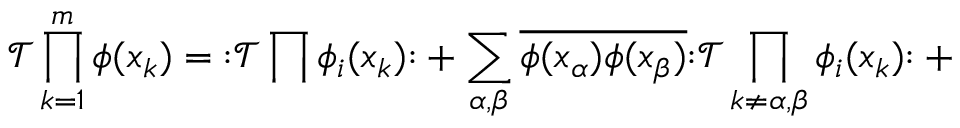
{ \mathcal { T } } \prod _ { k = 1 } ^ { m } \phi ( x _ { k } ) = { \mathopen { : } } { \mathcal { T } } \prod \phi _ { i } ( x _ { k } ) { \mathclose { : } } + \sum _ { \alpha , \beta } { \overline { { \phi ( x _ { \alpha } ) \phi ( x _ { \beta } ) } } } { \mathopen { : } } { \mathcal { T } } \prod _ { k \not = \alpha , \beta } \phi _ { i } ( x _ { k } ) { \mathclose { : } } + { }